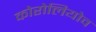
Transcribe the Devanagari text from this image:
कोरोलियोव